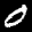
Label: 0